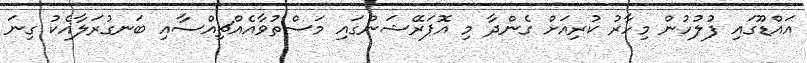
އައްޑޫގައި ފުލުހުން މިހާރު ކުރިއަށް ގެންދާ މި އޮޕަރޭޝަންގައި މަސްތުވާއެއްޗިއްސާއި ބަނގުރަލާއެކު ގިނަ